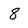
Character: 8